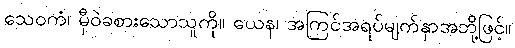
သေဝကံ၊ မှီဝဲခစားသောသူကို။ ယေန၊ အကြင်အရပ်မျက်နှာအဘို့ဖြင့်။